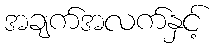
အချက်အလက်နှင့်